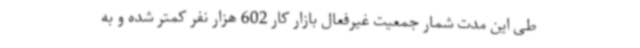
طی این مدت شمار جمعیت غیرفعال بازار کار 602 هزار نفر کمتر شده و به